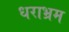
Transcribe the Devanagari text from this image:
धराभ्रम